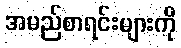
အမည်စာရင်းများကို